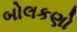
બોલકણો